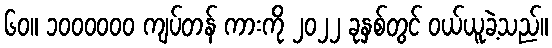
၆၀။ ၁၀၀၀၀၀၀ ကျပ်တန် ကားကို ၂၀၂၂ ခုနှစ်တွင် ဝယ်ယူခဲ့သည်။